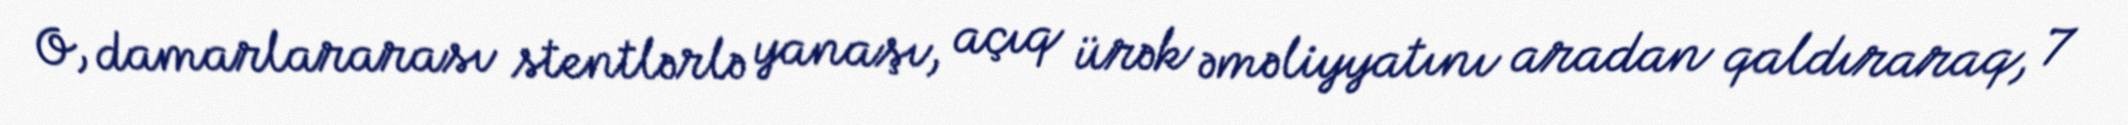
O, damarlararası stentlərlə yanaşı, açıq ürək əməliyyatını aradan qaldıraraq, 7